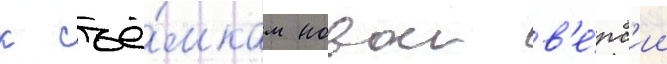
к съё́мкам новои в'е́рс'ии